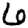
Digit: 6